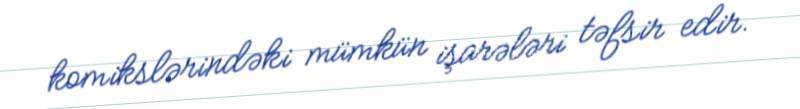
komikslərindəki mümkün işarələri təfsir edir.